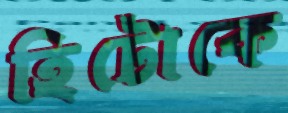
হিটোকে